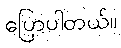
ပြောပါတယ်။